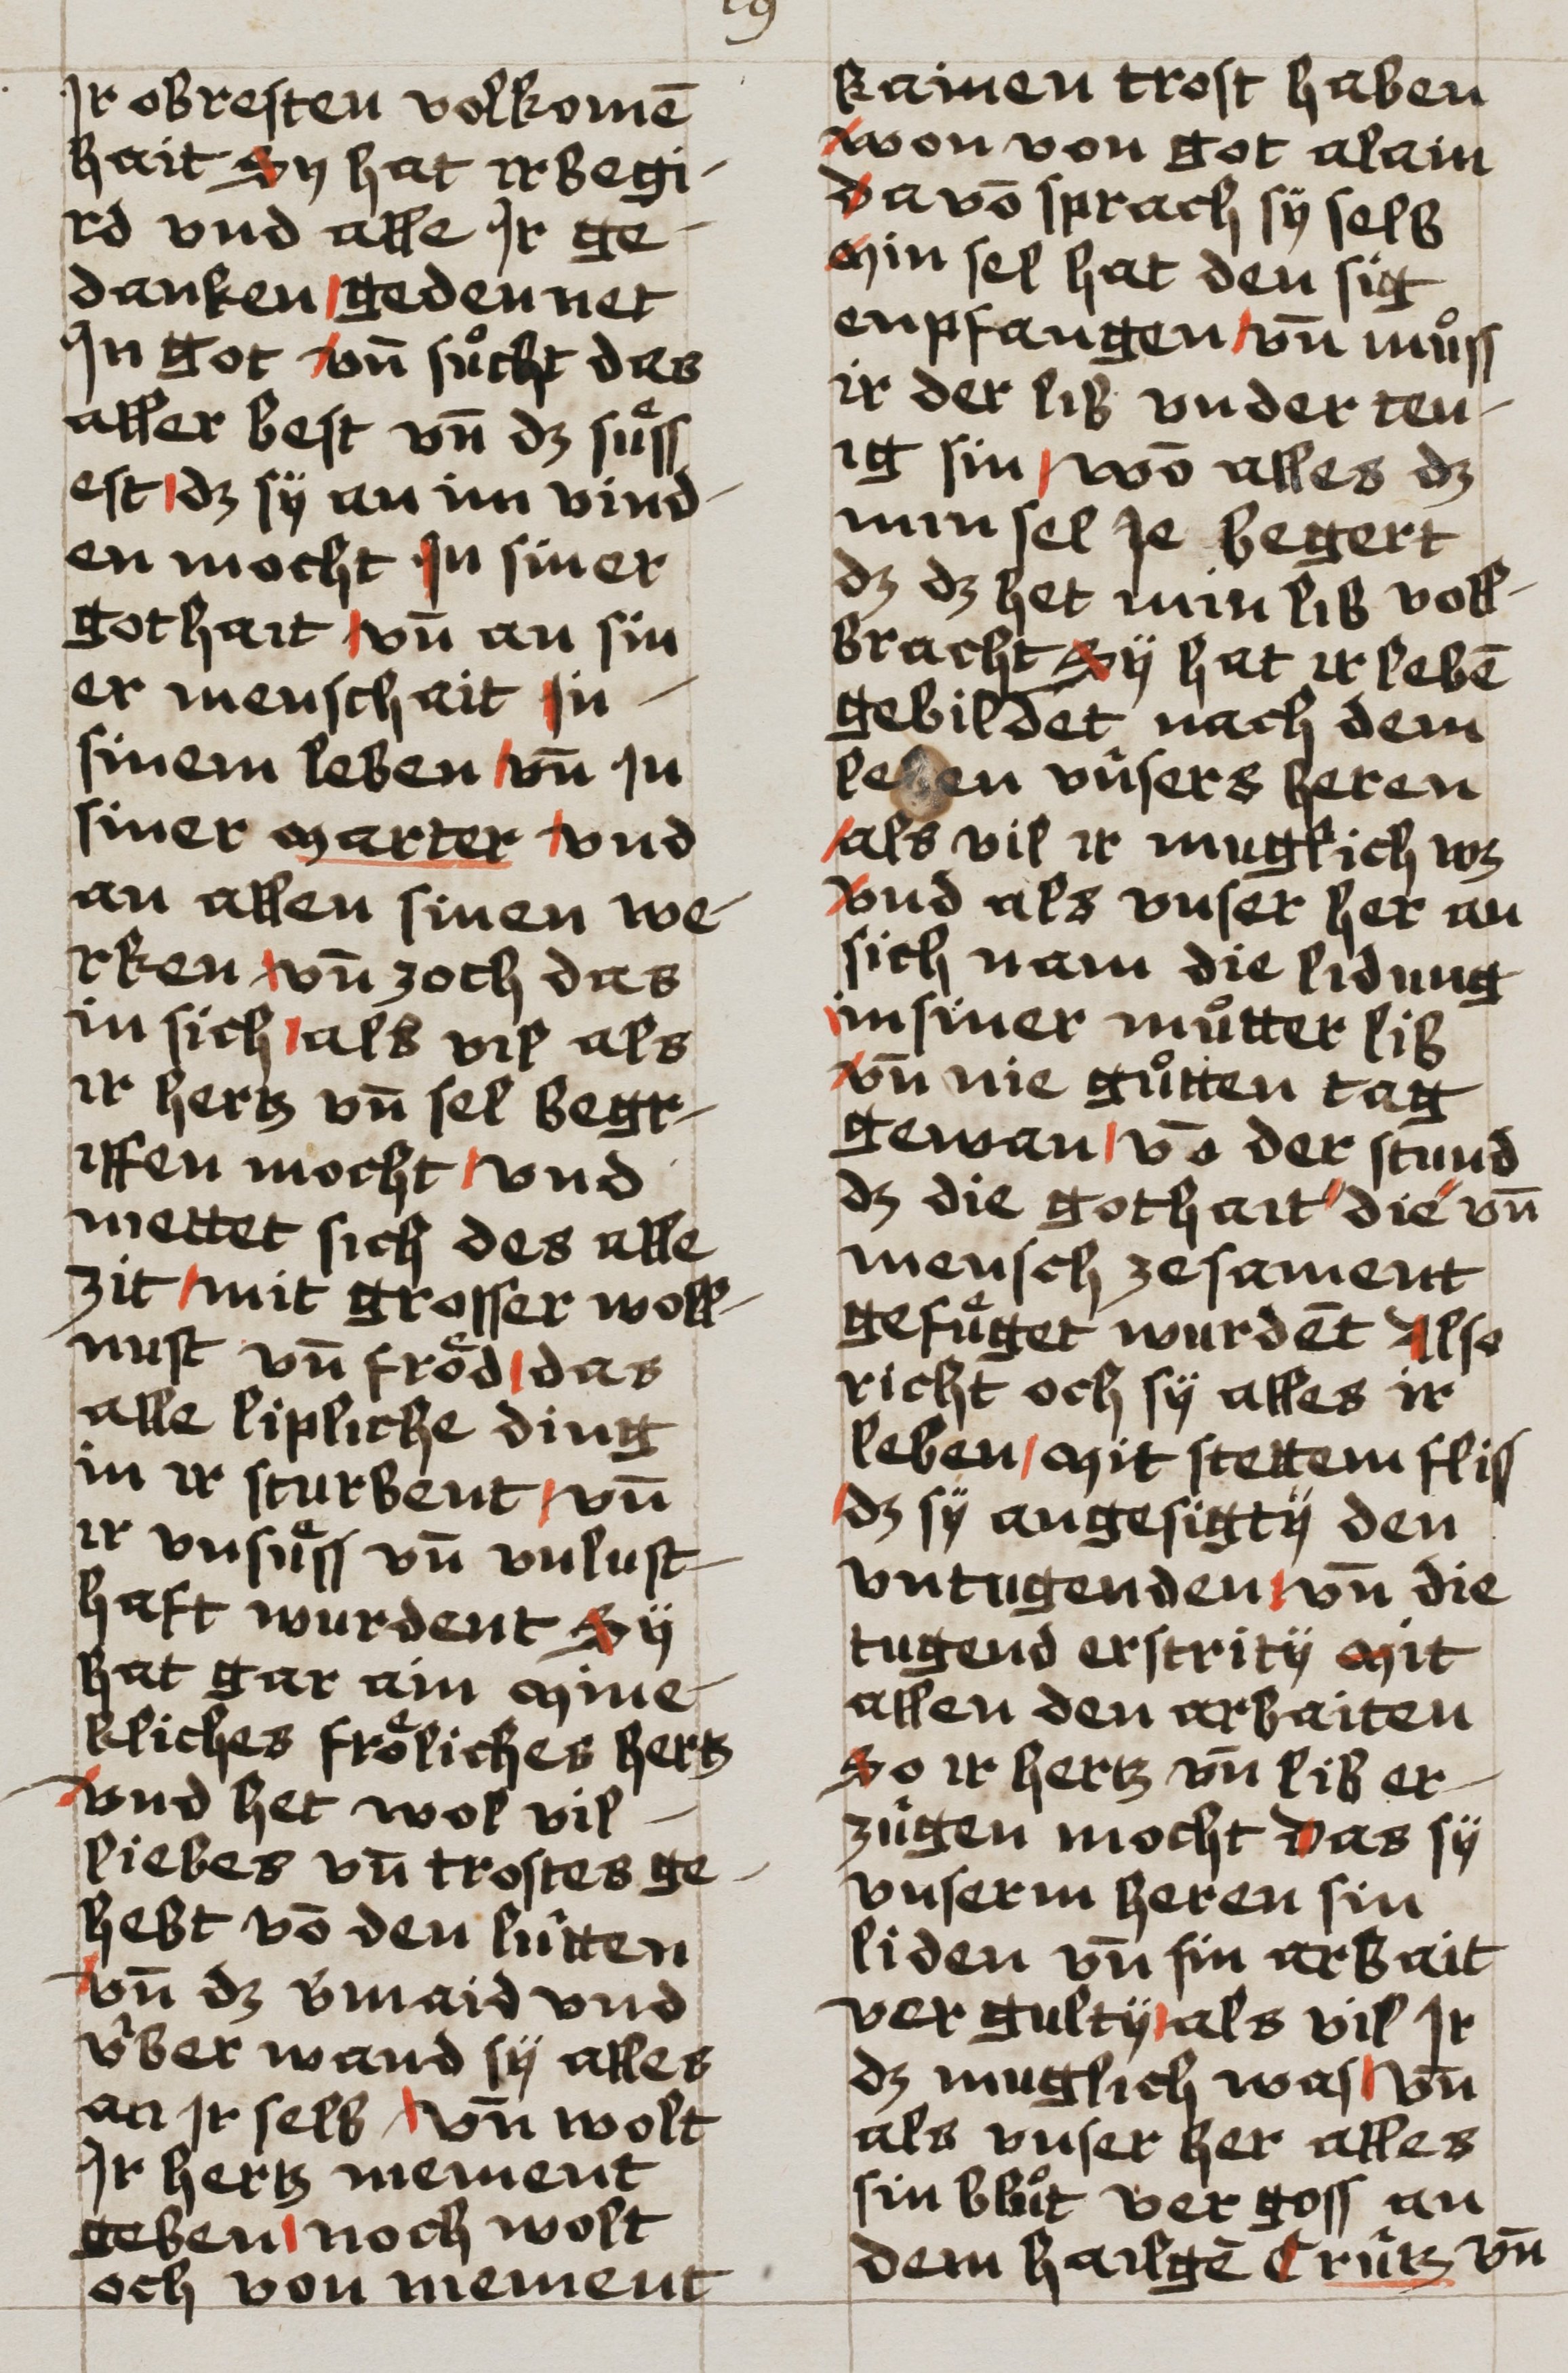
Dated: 1493–1493